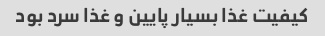
کیفیت غذا بسیار پایین و غذا سرد بود